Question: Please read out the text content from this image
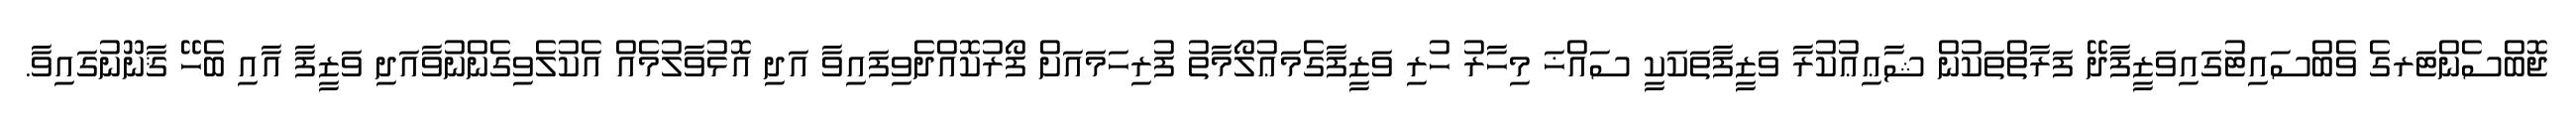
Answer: ޖޮބްސެންޓަރގެ ވެބްސައިޓުގައިވަޒީފާދޭ ފަރާތްތަކުން ޝާޢިޢުކުރާ ވަޒީފާތަކަކީ ސައްޚަ މިހާރު ހުރި ވަޒީފާގެމަޢުލޯމާތު ފުރިހަމައަށް ފޯރުކޮއްދެވިފައިވާ އަދި އޮޅުވާލުމެއް އެކުލެވިގެންނުވާއަދި ވަޒީފާ އާއި ބެހޭ ޤާނޫނުގައިވާ.